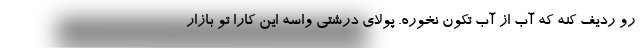
رو ردیف کنه که آب از آب تکون نخوره. پولای درشتی واسه این کارا تو بازار